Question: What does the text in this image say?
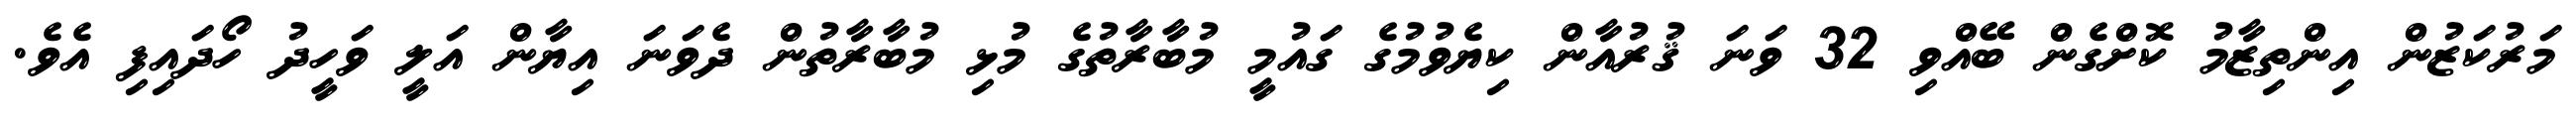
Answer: މަރުކަޒުން އިންތިޒާމު ކޮށްގެން ބޭއްވި 32 ވަނަ ޤުރުއާން ކިޔެވުމުގެ ގައުމީ މުބާރާތުގެ މުޅި މުބާރާތުން ދެވަނަ އިޔާން އަލީ ވަހީދު ހޯދައިފި އެވެ.